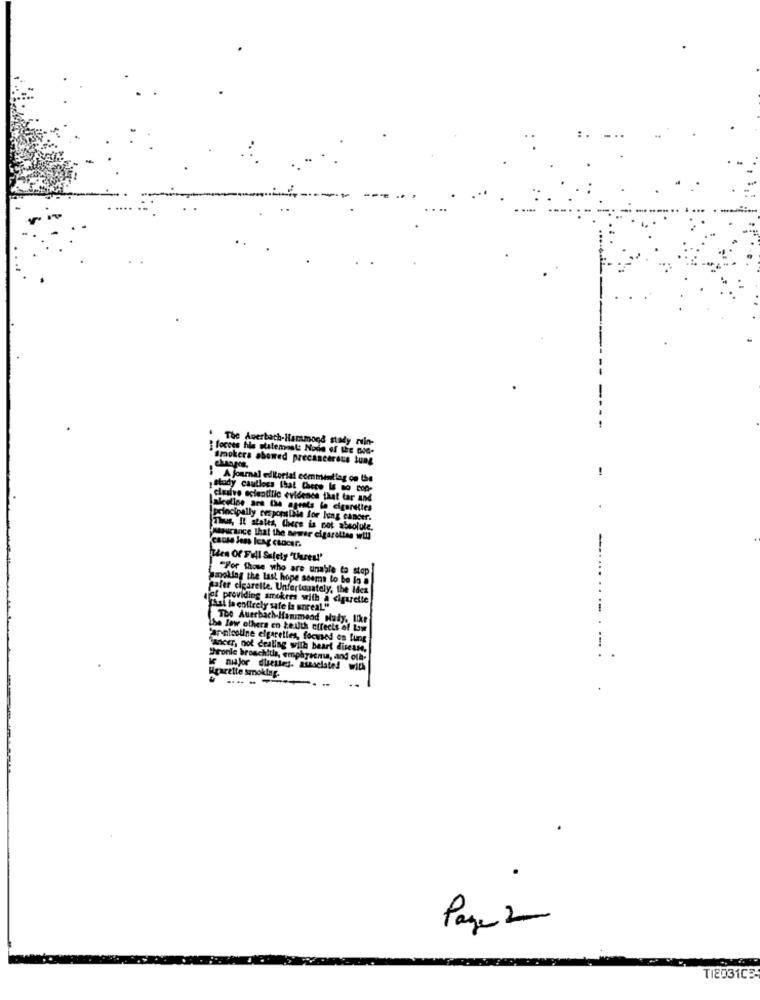
The Averbach-Hammond stady ruin-
i focoes his statement: None of the DOG-
Smokers abowed precancerous lung
changes.
A journal editorial comment lag on the
study cautloes that Chers Is so con-
clusive scientific evidence that tar and
aleoline ars the agents le cigarettes
principally cespopslille for lung cancer.
Thus, Il states, there is not absolule.
tourance That the newer cigarettes will
cause Jens leag chocar,
Then Of Fill Safely "Uures!'
"For those who are unable to stop
Smoking the last hope seems to be la
safer cigarelle. Unfortunately, the Idea
fof providing amokres with a cigarette
That ta entirely safe is unreal."
The Auerbach-Hammond Nudy, like
the few others en teuth effects of Law
Pannicotine elgaretles, focused on fung
Tancer, oof dealing with beart disease.
--.
Pronle bronchitis, emphysema, and ofh-
we nisjor dieetles. ainaclate! with
Hrarette smoking.
.....
Page 2
TI2031C3